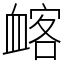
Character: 䘔